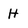
Character: H